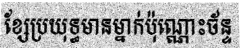
ខ្សែប្រយុទ្ធមានម្នាក់ប៉ុណ្ណោះច័ន្ទ